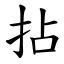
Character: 拈